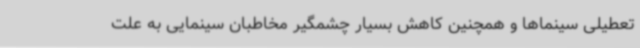
تعطیلی سینماها و همچنین کاهش بسیار چشمگیر مخاطبان سینمایی به علت